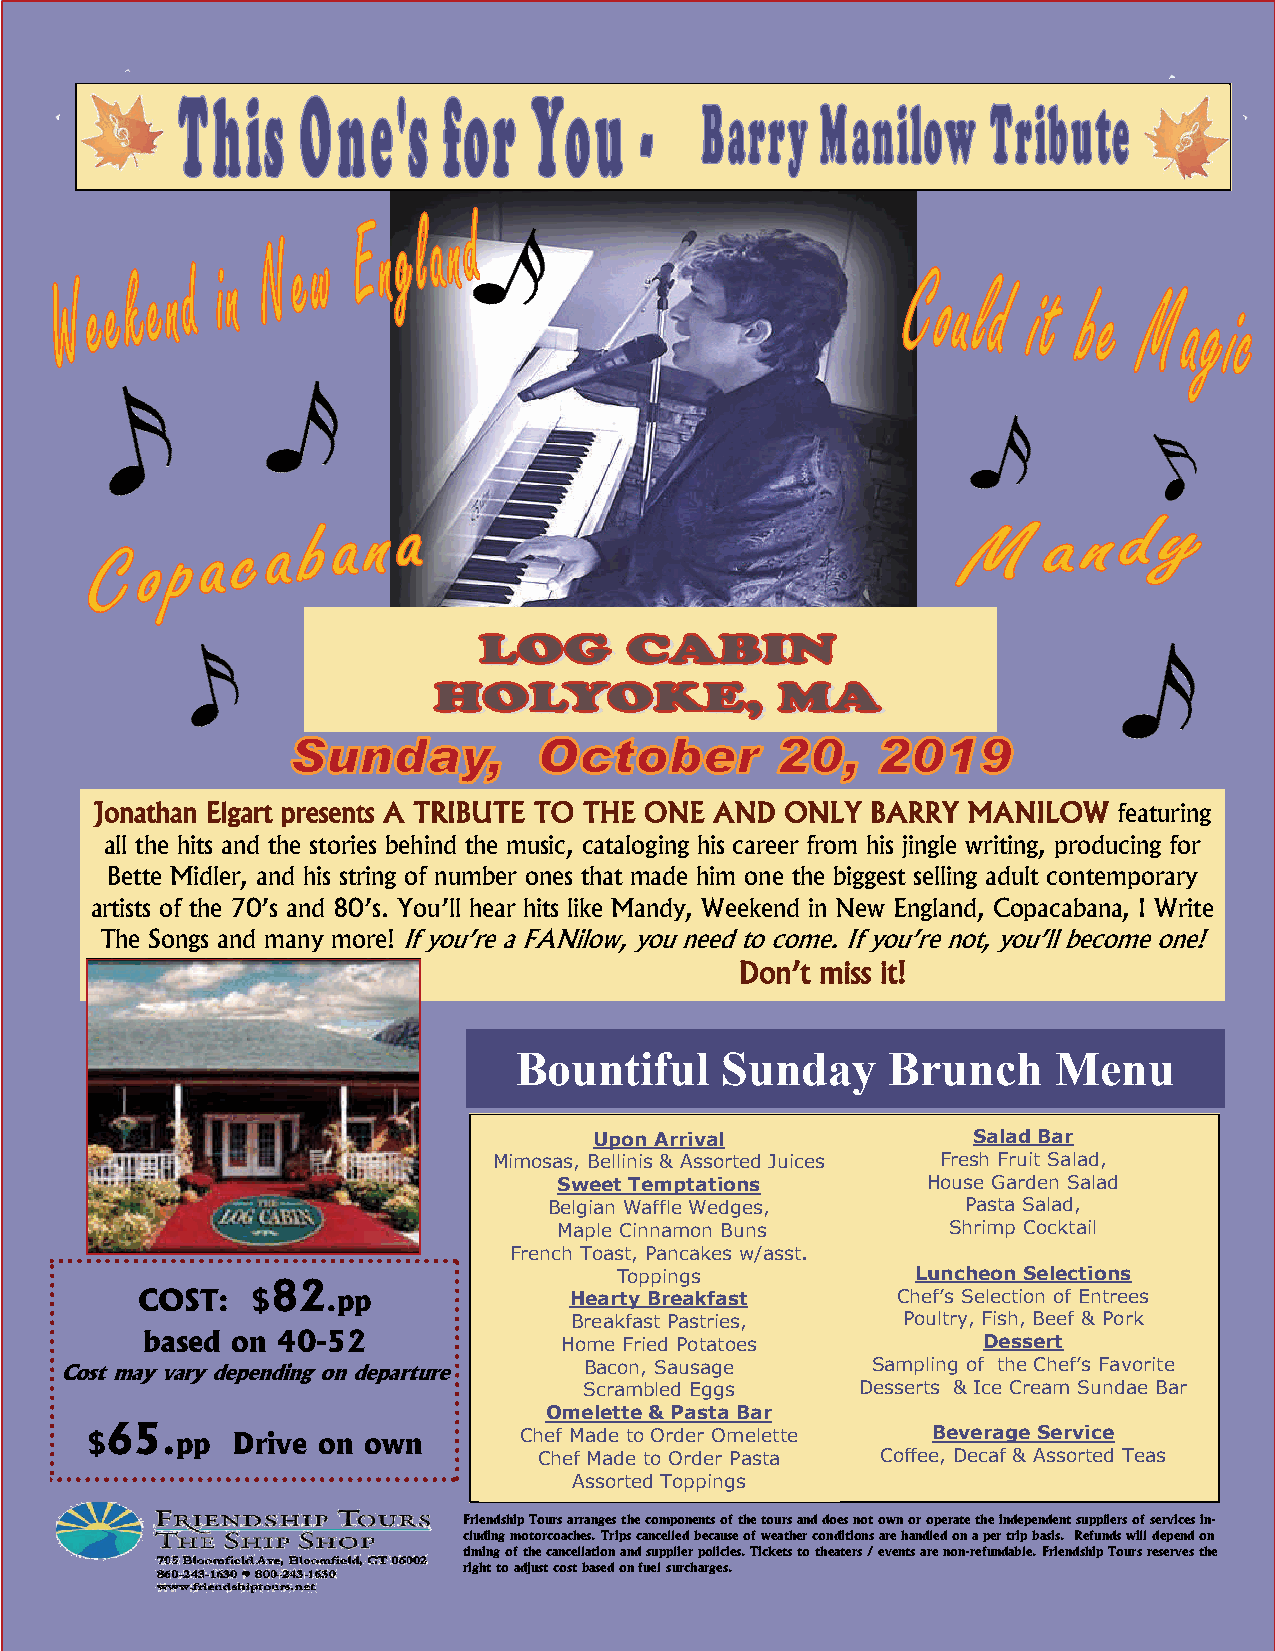
Jonathan Elgart presents A TRIBUTE TO THE ONE AND ONLY BARRY MANILOW featuring
 all the hits and the stories behind the music, cataloging his career from his jingle writing, producing for
 Bette Midler, and his string of number ones that made him one the biggest selling adult contemporary
 artists of the 70’s and 80’s. You’ll hear hits like Mandy, Weekend in New England, Copacabana, I Write
 The Songs and many more! If you’re a FANilow, you need to come. If you’re not, you’ll become one!
 Don’t miss it!
 Bountiful     Sunday     Brunch     Menu
 Upon Arrival             Salad Bar
 Mimosas, Bellinis & Assorted Juices Fresh Fruit Salad,
 Sweet Temptations       House Garden Salad
 Belgian Waffle Wedges,      Pasta Salad,
 Maple Cinnamon Buns       Shrimp Cocktail
 French Toast, Pancakes w/asst.
 Toppings            Luncheon Selections
 82
 COST:   $    .pp             Hearty Breakfast     Chef’s Selection of Entrees
 Breakfast Pastries,   Poultry, Fish, Beef & Pork
 based on 40-52              Home Fried Potatoes         Dessert
 Cost may vary depending on departure Bacon, Sausage   Sampling of the Chef’s Favorite
 Scrambled Eggs    Desserts & Ice Cream Sundae Bar
 Omelette & Pasta Bar
 $65.pp   Drive on own       Chef Made to Order Omelette Beverage Service
 Chef Made to Order Pasta Coffee, Decaf & Assorted Teas
 Assorted Toppings
 Friendship Tours arranges the components of the tours and does not own or operate the independent suppliers of services in-
 cluding motorcoaches. Trips cancelled because of weather conditions are handled on a per trip basis. Refunds will depend on
 timing of the cancellation and supplier policies. Tickets to theaters / events are non-refundable. Friendship Tours reserves the
 right to adjust cost based on fuel surcharges.